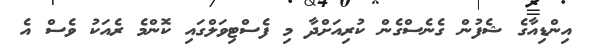
އިންޑިއާގެ ޝެފުން ގެނެސްގެން ކުރިއަށްދާ މި ފެސްޓިވަލްގައި ކޮންމެ ރެއަކު ވެސް އެ